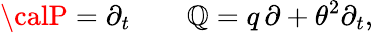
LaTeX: {\calP}=\partial_{t}\qquad{\cal\mathbb{Q}}=q\, \partial+\theta^{2}\partial_{t},